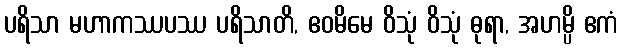
ပရိသာ မဟာကဿပဿ ပရိသာတိ, ဧဝမိမေ ဝိသုံ ဝိသုံ ဓုရာ, အဟမ္ပိ ဧကံ